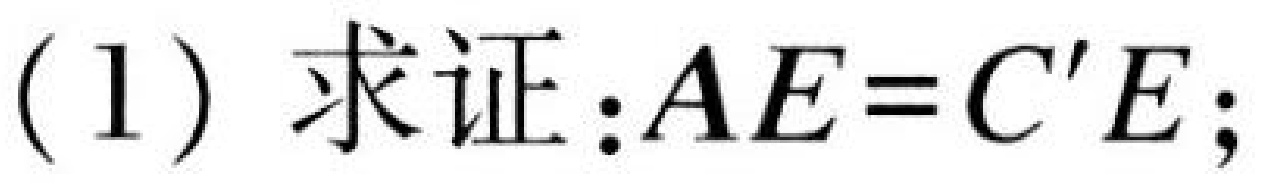
(1) 求证：\(AE = C'E\)；